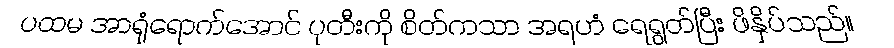
ပထမ အာရုံရောက်အောင် ပုတီးကို စိတ်ကသာ အရဟံ ရေရွတ်ပြီး ဖိနှိပ်သည်။